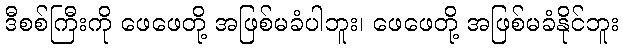
ဒီစစ်ကြီးကို ဖေဖေတို့ အဖြစ်မခံပါဘူး၊ ဖေဖေတို့ အဖြစ်မခံနိုင်ဘူး